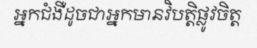
អ្នកជំងឺដូចជាអ្នកមានវិបត្តិផ្លូវចិត្ត